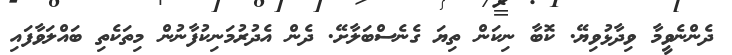
ދެންނެވީމާ ވިދާޅުވިޔޭ. ކޮބާ ނިކަން ތިޔަ ގެނެސްބަލާށޭ. ދެން އެދުރުމަނިކުފާނުން މިތަކެތި ބައްލަވާފައި